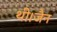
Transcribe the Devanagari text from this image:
थी।जैन